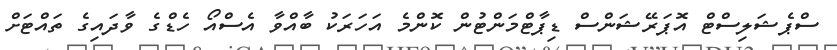
ސްޕެޝަލިސްޓް އޮޕަރޭޝަންސް ޑިޕާޓްމަންޓުން ކޮންމެ އަހަރަކު ބާއްވާ އެސްއޯ ހެޑްގެ ވާދައިގެ ތައްޓަށް